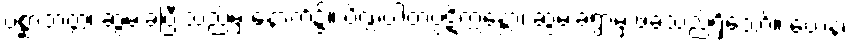
ပစ္ဆာဘတ္တံ၊ ဆွမ်းခံပြီးသည်မှ နောက်၌။ ပိဏ္ဍပါတပ္ပဋိက္ကန္တော၊ ဆွမ်းခံရွာမှ ဖဲခဲ့သည်ရှိသော်။ ယေန၊